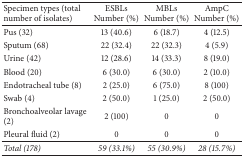
| Specimen types (total number of isolates) | ESBLsNumber (%) | MBLsNumber (%) | AmpCNumber (%) |
 | --- | --- | --- | --- |
 | Pus (32) | 13 (40.6) | 6 (18.7) | 4 (12.5) |
 | Sputum (68) | 22 (32.4) | 22 (32.3) | 4 (5.9) |
 | Urine (42) | 12 (28.6) | 14 (33.3) | 8 (19.0) |
 | Blood (20) | 6 (30.0) | 6 (30.0) | 2 (10.0) |
 | Endotracheal tube (8) | 2 (25.0) | 6 (75.0) | 8 (100) |
 | Swab (4) | 2 (50.0) | 1 (25.0) | 2 (50.0) |
 | Bronchoalveolar lavage (2) | 2 (100) | 0 | 0 |
 | Pleural fluid (2) | 0 | 0 | 0 |
 | Total (178) | 59 (33.1%) | 55 (30.9%) | 28 (15.7%) |